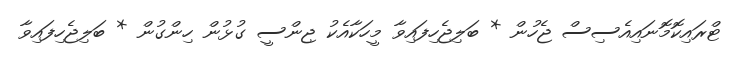
ޓްރައިކޮމޮނައިއެސިސް ޖެހުން * ބަލިޖެހިފައިވާ މީހަކާއެކު ޖިންސީ ގުޅުން ހިންގުން * ބަލިޖެހިފައިވާ